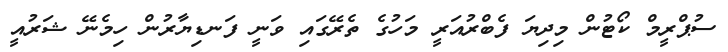
ސުޕްރީމް ކޯޓުން މިދިޔަ ފެބްރުއަރީ މަހުގެ ތެރޭގައި ވަނީ ފަނޑިޔާރުން ހިމެނޭ ޝަރުއީ